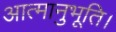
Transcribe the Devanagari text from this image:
आत्मानुभूति।